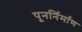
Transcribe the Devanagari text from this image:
पूनर्निर्माण